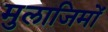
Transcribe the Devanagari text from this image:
मुलाजिमों